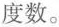
度数。